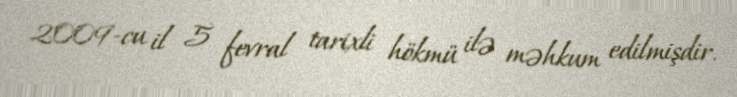
2009-cu il 5 fevral tarixli hökmü ilə məhkum edilmişdir.